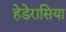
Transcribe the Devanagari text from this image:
हेडेरासिया